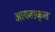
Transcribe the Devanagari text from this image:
आयताकृत